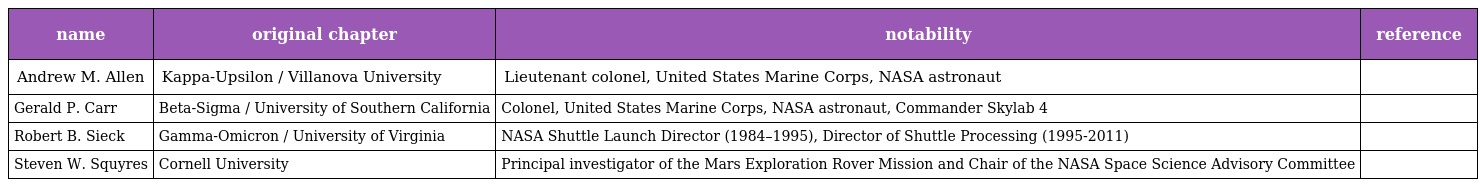
| name | original chapter | notability | reference |
 | --- | --- | --- | --- |
 | Andrew M. Allen | Kappa-Upsilon / Villanova University | Lieutenant colonel, United States Marine Corps, NASA astronaut |  |
 | Gerald P. Carr | Beta-Sigma / University of Southern California | Colonel, United States Marine Corps, NASA astronaut, Commander Skylab 4 |  |
 | Robert B. Sieck | Gamma-Omicron / University of Virginia | NASA Shuttle Launch Director (1984–1995), Director of Shuttle Processing (1995-2011) |  |
 | Steven W. Squyres | Cornell University | Principal investigator of the Mars Exploration Rover Mission and Chair of the NASA Space Science Advisory Committee |  |